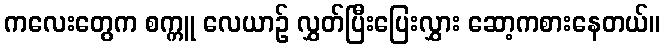
ကလေးတွေက စက္ကူ လေယာဉ် လွှတ်ပြီးပြေးလွှား ဆော့ကစားနေတယ်။